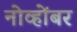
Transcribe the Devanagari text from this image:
नोव्होंबर